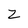
Character: Z